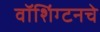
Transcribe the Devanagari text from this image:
वॉशिंग्टनचे